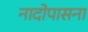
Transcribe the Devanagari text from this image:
नादोपासना